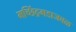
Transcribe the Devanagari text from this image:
मच्छिंद्रगडाजवळ